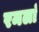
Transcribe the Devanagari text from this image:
रमलां